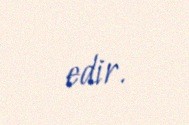
edir.